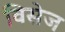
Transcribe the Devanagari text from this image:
विसेज